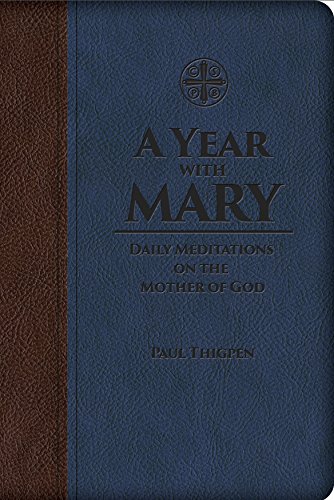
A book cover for A Year with Mary: Daily Meditations on the Mother of God; Paul Thigpen Ph.D.; Christian Books & Bibles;